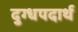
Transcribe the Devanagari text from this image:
दुग्धपदार्थ